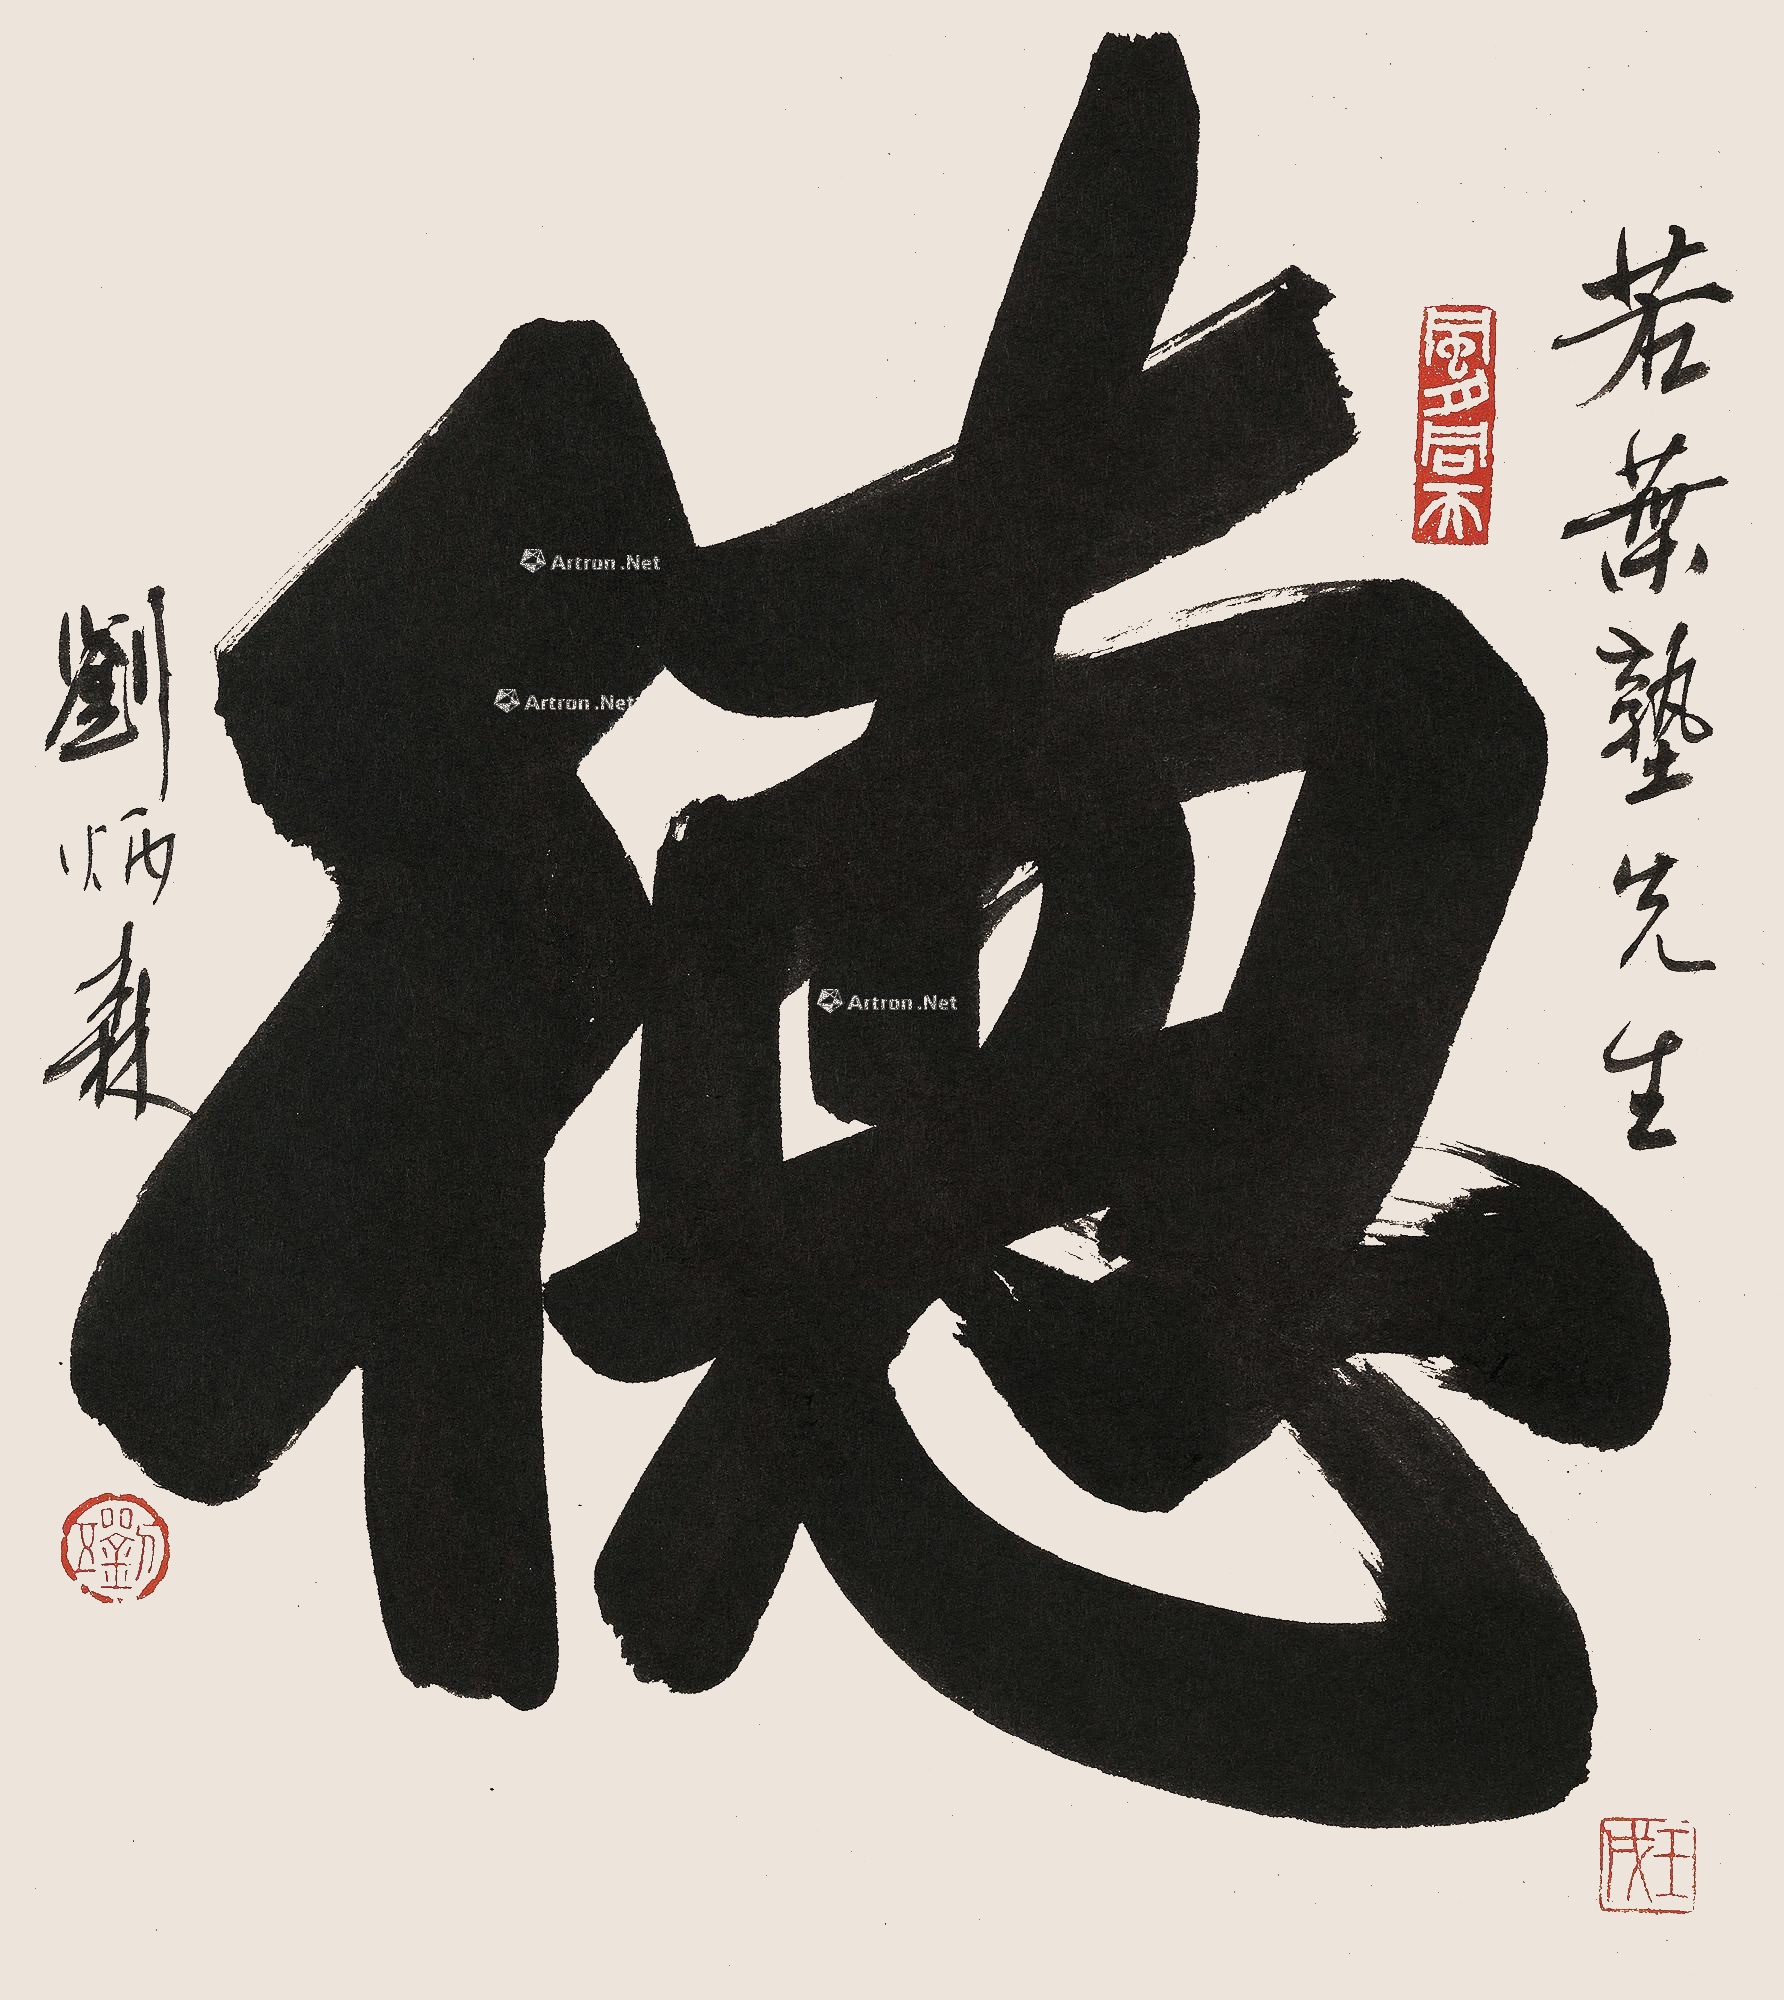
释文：德若叶塾先生，刘炳森。